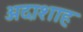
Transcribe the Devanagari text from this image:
अदाशाह